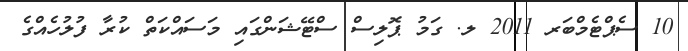
10 ސެޕްޓެމްބަރ 2011 ލ. ގަމު ޕޮލިސް ސްޓޭޝަންގައި މަސައްކަތް ކުރާ ފުލުހެއްގެ